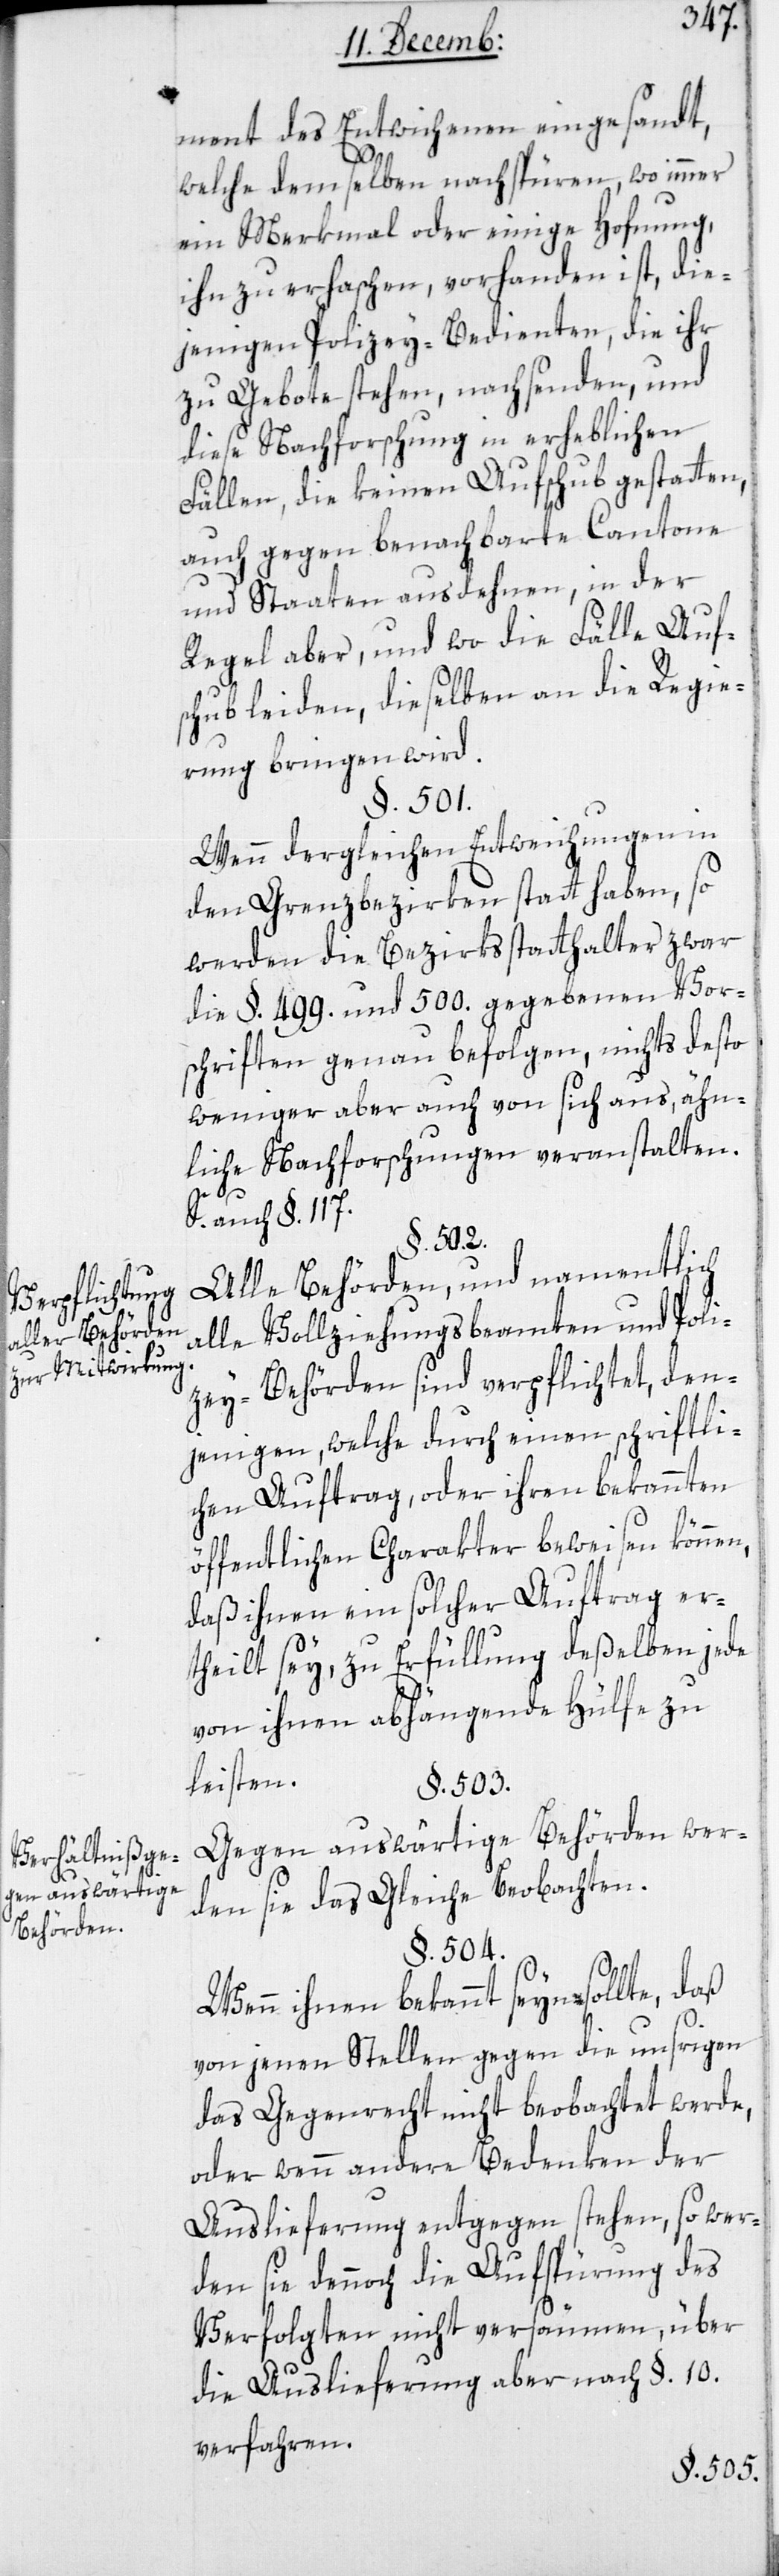
Verpflichtung
aller Behörden
zur Mitwirkung.
Verhältniß ge¬
gen auswärtige
Behörden.

ment des Entwichenen eingesandt,
welche demselben nachspüren, wo immer
ein Merkmal oder einige Hoffnung,
ihn zu erhaschen, vorhanden ist, die¬
jenigen Polizey-Bedienten, die ihr
zu Gebote stehen, nachsenden, und
diese Nachforschung in erheblichen
Fällen, die keinen Aufschub gestatten,
auch gegen benachbarte Cantone
und Staaten ausdehnen, in der
Regel aber, und wo die Fälle Auf¬
schub leiden, dieselben an die Regie¬
rung bringen wird.
§. 501.
Wenn dergleichen Entweichungen in
den Grenzbezirken statt haben, so
werden die Bezirksstatthalter zwar
die §. 499. und 500. gegebenen Vor¬
schriften genau befolgen, nichts desto
weniger aber auch von sich aus, ähn¬
liche Nachforschungen veranstalten.
S. auch §. 117.
§. 502.
Alle Behörden, und namentlich
alle Vollziehungsbeamten und Poli¬
zey-Behörden sind verpflichtet, den¬
jenigen, welche durch einen schriftli¬
chen Auftrag, oder ihren bekannten
öffentlichen Charakter beweisen können,
daß ihnen ein solcher Auftrag er¬
theilt sey, zu Erfüllung deßelben jede
von ihnen abhängende Hülfe zu
leisten.
§. 503.
Gegen auswärtige Behörden wer¬
den sie das Gleiche beobachten.
§. 504.
Wenn ihnen bekannt seyn sollte, daß
von jenen Stellen gegen die unsrigen
das Gegenrecht nicht beobachtet werde,
oder wenn andere Bedenken der
Auslieferung entgegen stehen, so wer¬
den sie dennoch die Aufspürung des
Verfolgten nicht versäumen, über
die Auslieferung aber nach §. 10.
verfahren.